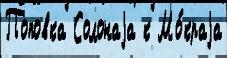
Поповка Солонаjа к Мо́краjа